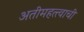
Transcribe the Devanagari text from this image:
अतीमहत्त्वाची